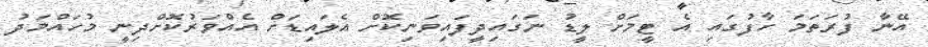
އޭނާ ފުރަތަމަ ހާފުގައި އެ ޓީމަށް ލީޑު ނަގައިދީފައިވަނިކޮށް އެލައިޑަށް އެއްވަރުކޮށްދިނީ މުހައްމަދު